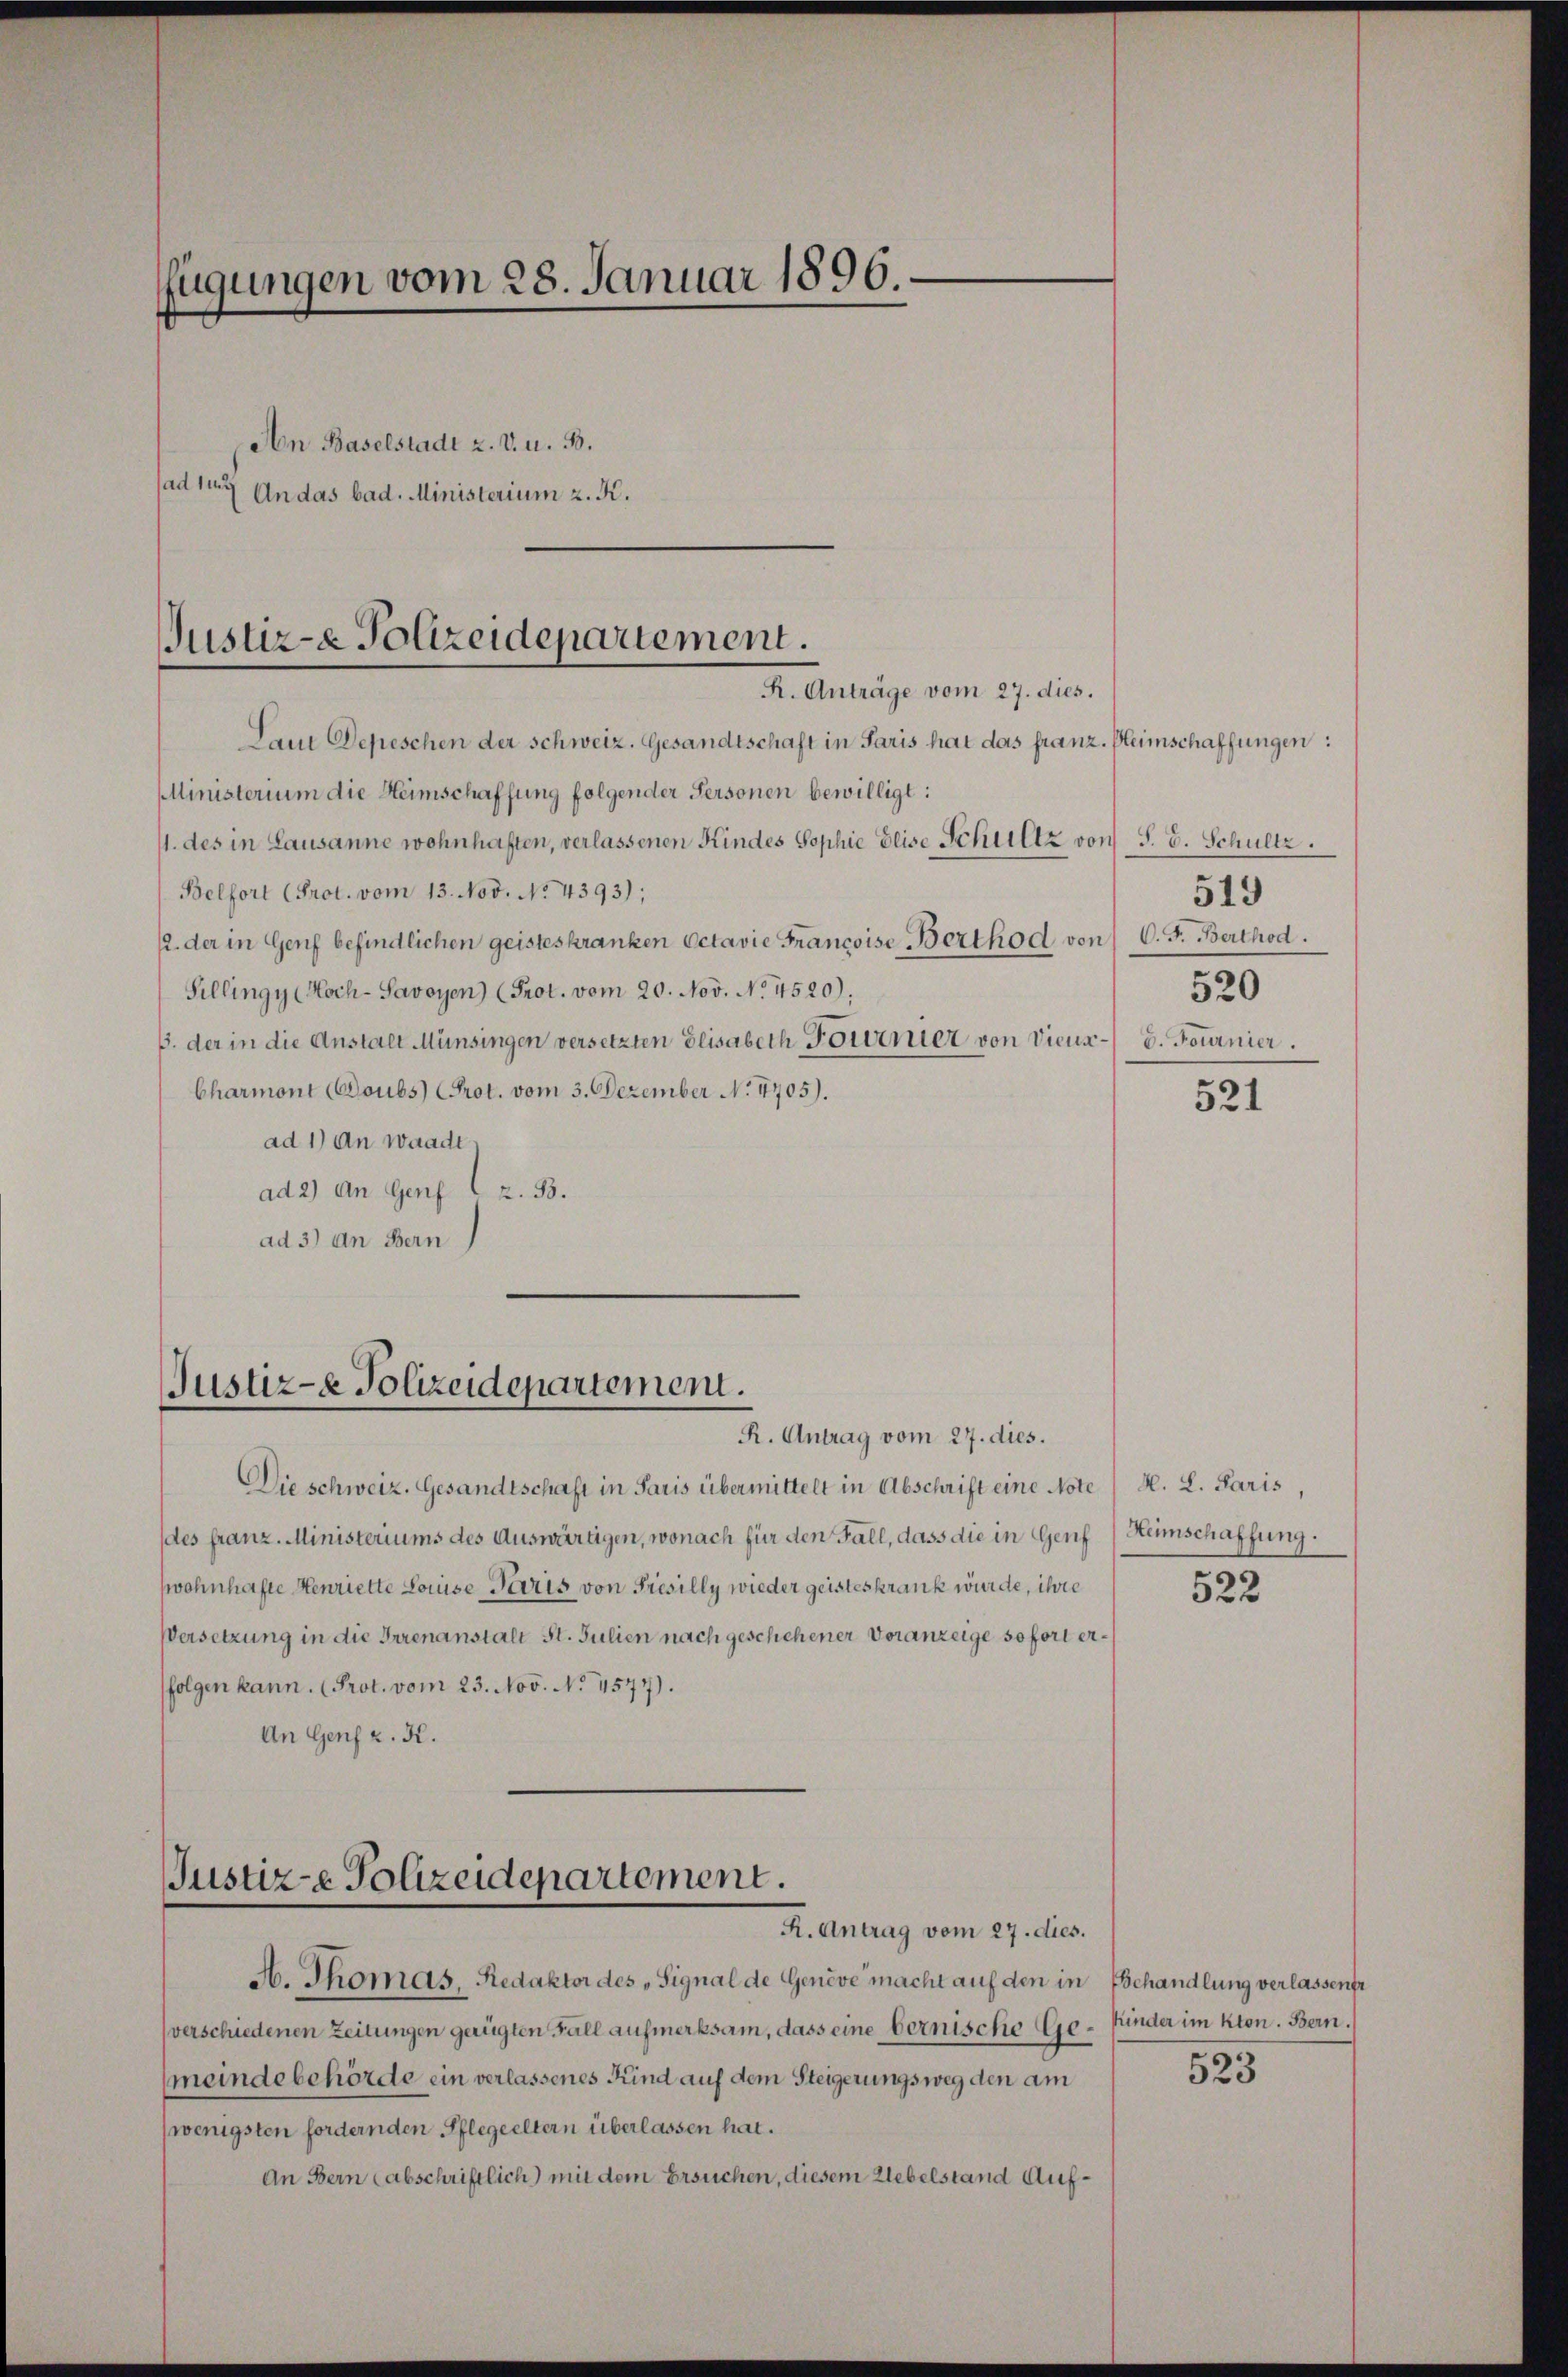
fügungen vom 28. Januar 1896.

An Baselstadt u. v. u. B.
(ad 117 An das bad. Ministerium z. K.
R. Anträge vom 27. dies.
Lein Depeschen der schweiz. Gesandtschaft in Paris hat das franz. Heimschaffungen:
Ministerium die Heimschaffung folgender Personen bewilligt:
1. des in Lausanne wohnhaften, verlassenen Kindes Sophie Elise Schultz von P. G. Schultz.
Belfort (Prot. vom 13. Nov. No. 4393);
12. der in Genf befindlichen geisteskranken Octavie Francoise Berthod von C. F. Berthod
Sillingy (Koch-Savoyen (Prot. vom 20. Nov. No. 4520),
B. der in die Anstalt Münsingen versetzten Elisabeth Fournier von Vieux-b. Fournier.
Charmont (Soubs Prot. vom 3. Dezember No 4705).
ad 1) An waadt,
ad 2) An Genf (z. B.
ad 3) an Bern

Justiz- & Polizeidepartement.

Justiz- & Polizeidepartement.

R. Antrag vom 27. dies.
Die schweiz. Gesandtschaft in Paris übermittelt in Abschrift eine Note
(des franz. Ministeriums des Auswärtigen, wonach für den Fall, dass die in Genf
wohnhafte Henriette Louise Paris von Présilly wieder geisteskrank wurde, ihre
Versetzung in die Irrenanstalt St. Julien nach geschehener Voranzeige sofort erfolgen kann. (Prot. vom 23. Nov. No. 4577).
An Genf z. K.

Justiz-e Polizeidepartement
K. Antrag vom 27. dies.
A. Thomas, Redaktor des „Signal de Genève macht auf den in Behandlung verlassenfr

verschiedenen Zeitungen gerügten Fall aufmerksam, dass eine bernische Ge- Kinder im kton. Bern.
meindebehörde ein verlassenes Kind auf dem Steigerungsweg den am
(wenigsten fordernden Pflegeeltern überlassen hat.
An Bern abschriftlich) mit dem Ersuchen, diesem Uebelstand Auf¬

519
520

521

M. L. Paris,
Heimschaffung.

522

523